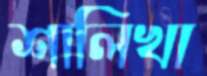
শালিখা